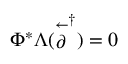
\Phi ^ { * } \Lambda ( \stackrel { \leftarrow } { \partial } ^ { \dagger } ) = 0